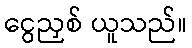
ငွေညှစ် ယူသည်။